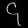
Digit: ၄